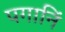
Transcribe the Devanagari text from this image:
पगानिं